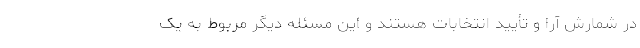
در شمارش آرا و تأیید انتخابات هستند و این مسئله دیگر مربوط به یک